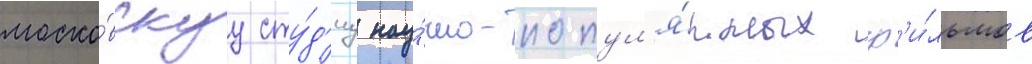
моско́вскуу сту́д'иу нау́чно-попул'я́рных ф'и́льмов